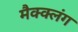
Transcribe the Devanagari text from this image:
मैक्क्लंग